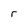
Character: r